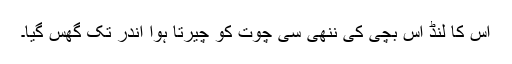
اس کا لنڈ اس بچی کی ننھی سی چوت کو چیرتا ہوا اندر تک گھس گیا۔